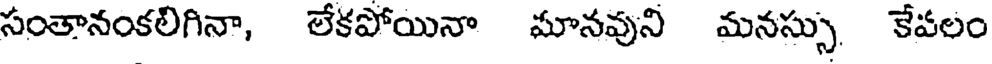
సంతానంకలిగినా, లేకపోయినా మానవుని మనస్సు కేపలం